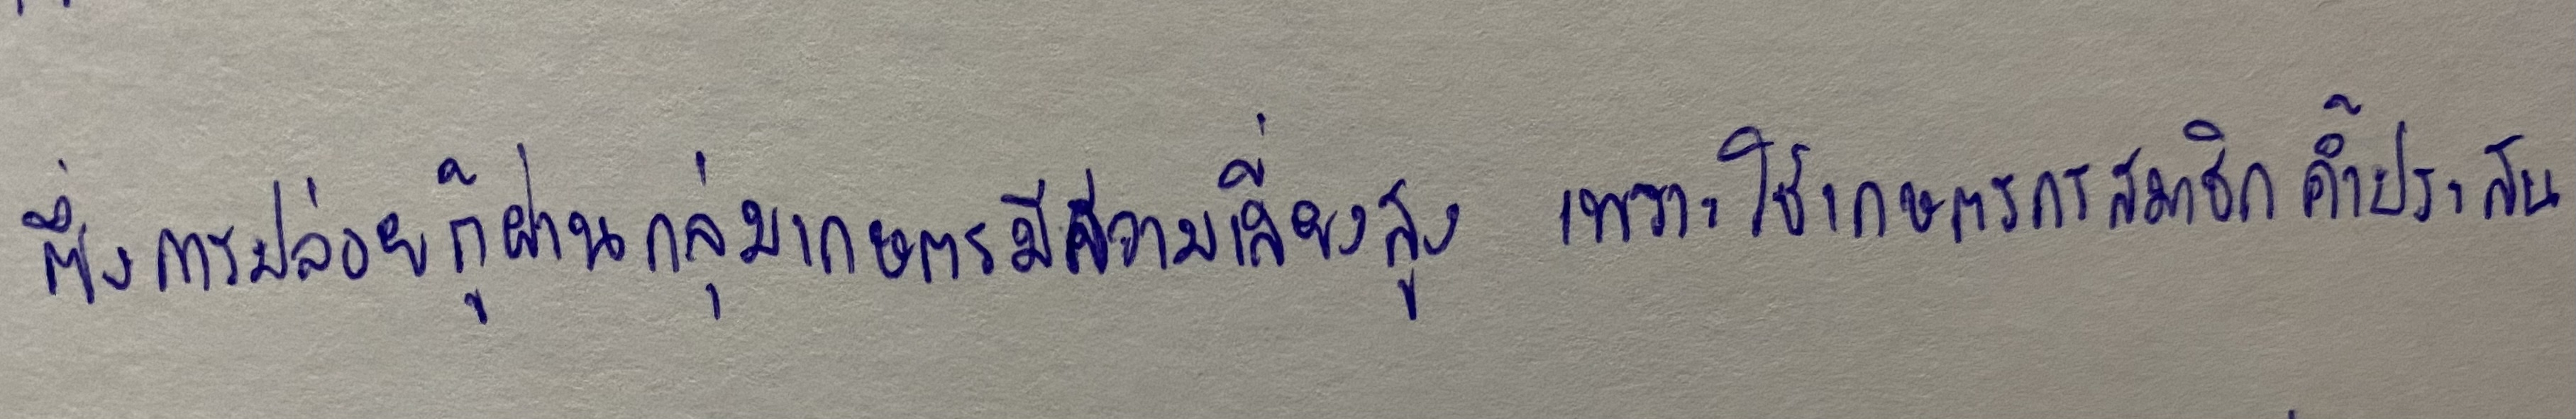
ซึ่งการปล่อยกู้ผ่านกลุ่มเกษตรกรมีความเสี่ยงสูงเพราะใช้เกษตรกรสมาชิกค้ำประกัน